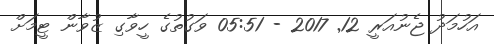
އަހުމަދު ޖެނުއަރީ 12